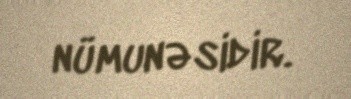
nümunəsidir.